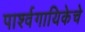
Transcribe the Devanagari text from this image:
पार्श्वगायिकेचे